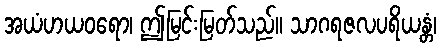
အယံဟယဝရော၊ ဤမြင်းမြတ်သည်။ သာဂရဇလပရိယန္တံ၊